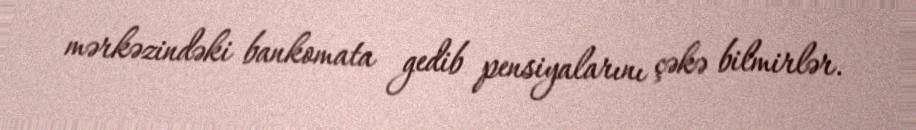
mərkəzindəki bankomata gedib pensiyalarını çəkə bilmirlər.